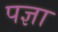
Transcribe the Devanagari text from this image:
पज्ञा